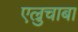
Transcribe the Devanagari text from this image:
एल्रुचाबा